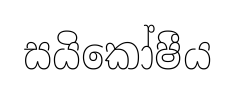
සයිකෝෂීය